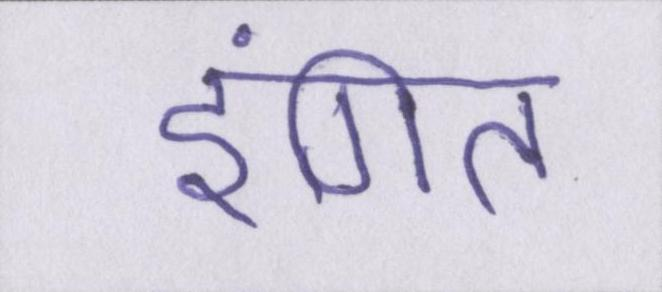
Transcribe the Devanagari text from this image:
इंगित